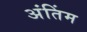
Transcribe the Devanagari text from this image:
अंतिंम